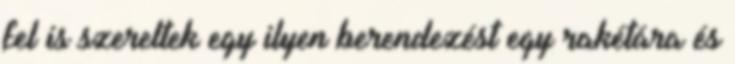
fel is szereltek egy ilyen berendezést egy rakétára és